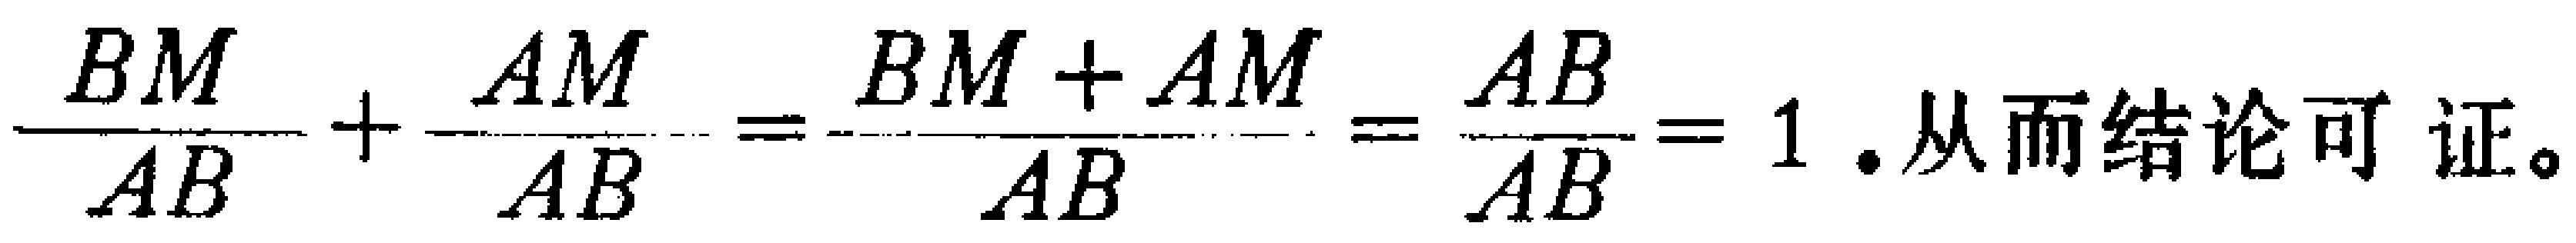
\(\frac{BM}{AB}+\frac{AM}{AB}=\frac{BM + AM}{AB}=\frac{AB}{AB}=1. 从而结论可证。\)